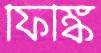
ফিঙ্কি